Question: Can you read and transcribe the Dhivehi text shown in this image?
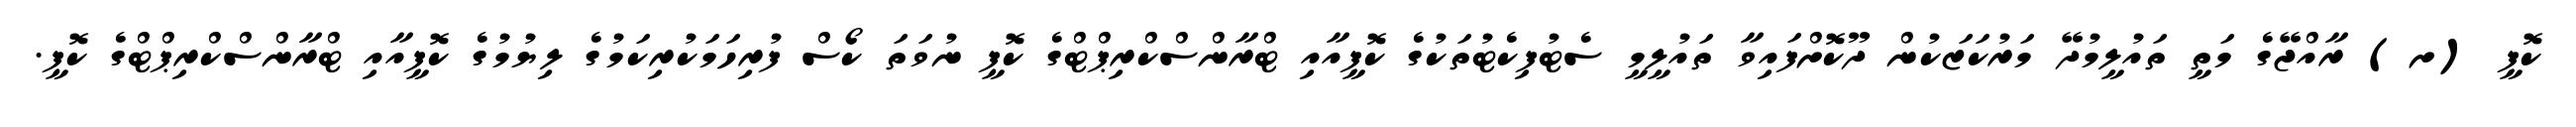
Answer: ކޮޕީ (ށ) ރާއްޖޭގެ މަތީ ތައުލީމުދޭ މަރުކަޒަކުން ދޫކޮށްފައިވާ ތައުލީމީ ސެޓުފިކެޓުތަކުގެ ކޮޕީއާއި ޓްރާންސްކްރިޕްޓްގެ ކޮޕީ ނުވަތަ ކޯސް ފުރިހަމަކުރިކަމުގެ ލިޔުމުގެ ކޮޕީއާއި ޓްރާންސްކްރިޕްޓްގެ ކޮޕީ.